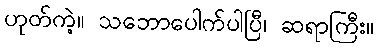
ဟုတ်ကဲ့။ သဘောပေါက်ပါပြီ၊ ဆရာကြီး။